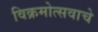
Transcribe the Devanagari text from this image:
विक्रमोत्सवाचे